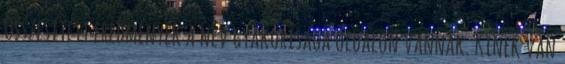
Összesített eredmények a név gyakorisága oldalon vannak. Kinek van